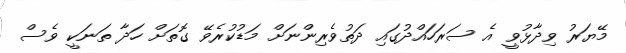
މޭޔަރު ވިދާޅުވީ އެ ސަރަހައްދުގައި ދަތުވެރިންނަށް މަޑުކުރެވޭ ގޮތަށް ހަދާ ތަނަކީ ވެސް